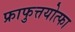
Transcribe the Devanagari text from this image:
फ्राफुत्तयोत्फा